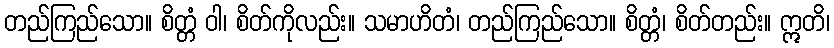
တည်ကြည်သော။ စိတ္တံ ဝါ၊ စိတ်ကိုလည်း။ သမာဟိတံ၊ တည်ကြည်သော။ စိတ္တံ၊ စိတ်တည်း။ ဣတိ၊